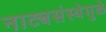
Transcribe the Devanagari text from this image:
नाट्यसंस्थेमुळे